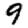
Digit: 9